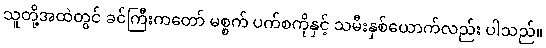
သူတို့အထဲတွင် ခင်ကြီးကတော် မစ္စက် ပက်စကိုနှင့် သမီးနှစ်ယောက်လည်း ပါသည်။